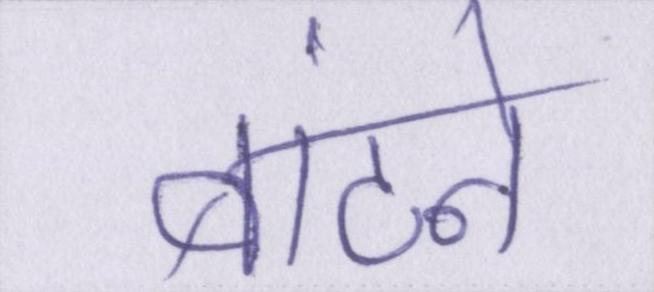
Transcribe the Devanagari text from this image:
बांटने